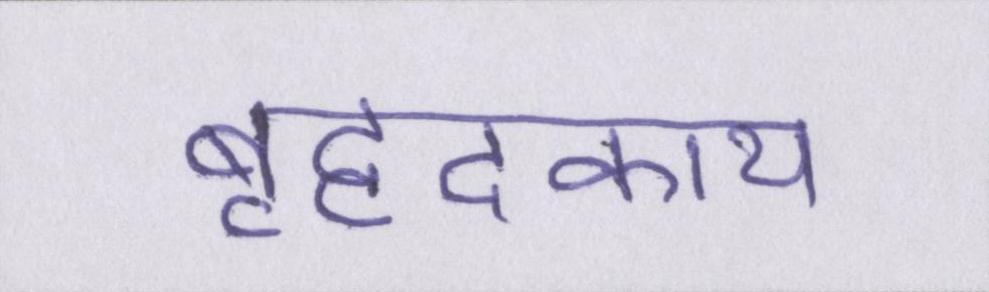
बृहदकाय